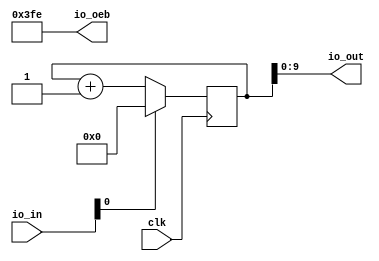
module top(input wire clk, input wire [9:0] io_in, output wire [9:0] io_out, io_oeb);
	reg [23:0] ctr;
	wire rst = io_in[0];

	always @(posedge clk)
		if (rst)
			ctr <= 8'b0;
		else
			ctr <= ctr + 1'b1;

	assign io_out = ctr[9:0];
	assign io_oeb = 10'h3FE;
endmodule